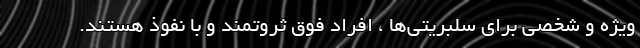
ویژه و شخصی برای سلبریتی‌ها ، افراد فوق ثروتمند و با نفوذ هستند.